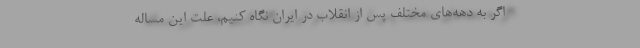
اگر به دهه‌هاي مختلف پس از انقلاب در ايران نگاه كنيم، علت اين مساله